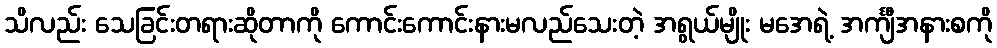
သိလည်း သေခြင်းတရားဆိုတာကို ကောင်းကောင်းနားမလည်သေးတဲ့ အရွယ်မျိုး မအေရဲ့ အင်္ကျီအနားစကို